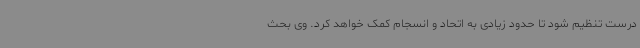
درست تنظیم شود تا حدود زیادی به اتحاد و انسجام کمک خواهد کرد. وی بحث